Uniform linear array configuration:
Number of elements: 8
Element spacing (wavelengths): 1
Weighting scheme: blackman
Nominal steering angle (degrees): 30
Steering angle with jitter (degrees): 30.813
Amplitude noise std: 0.05
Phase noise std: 0.05

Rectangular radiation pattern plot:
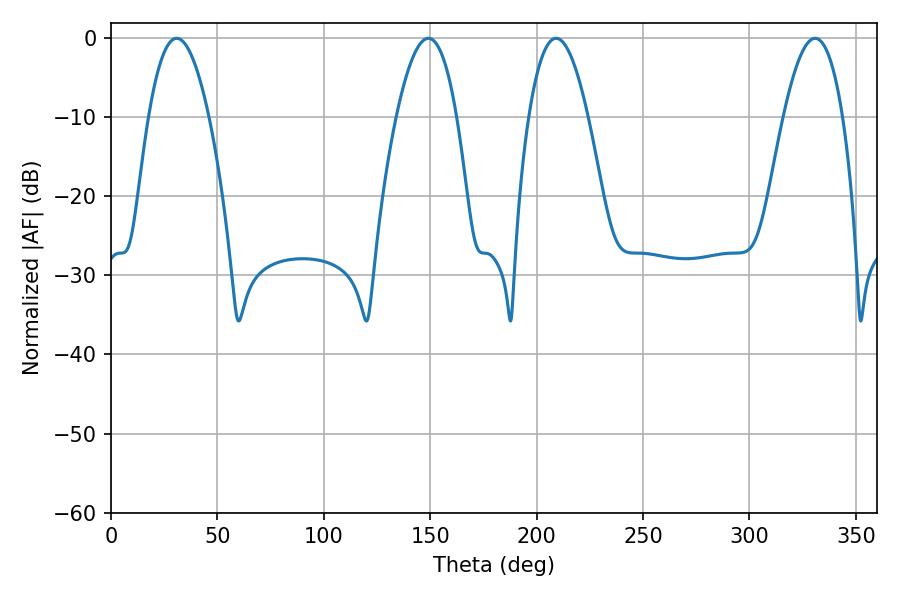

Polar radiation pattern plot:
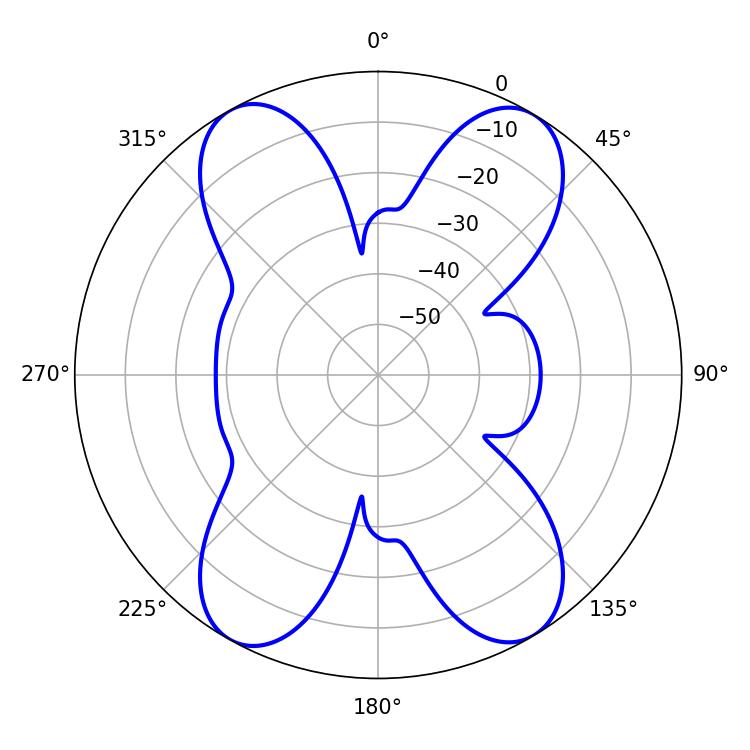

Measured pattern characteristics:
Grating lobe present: TRUE
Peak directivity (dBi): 20.579
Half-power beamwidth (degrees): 15.3
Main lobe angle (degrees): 209.16